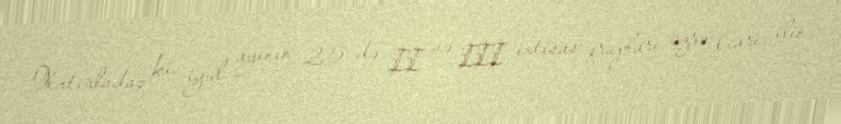
Xatırladaq ki, iyul ayının 25-də II və III ixtisas qrupları üzrə (cari ilin